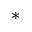
\ast